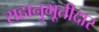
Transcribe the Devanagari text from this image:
सहानुभूतीदार